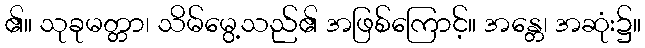
၏။ သုခုမတ္တာ၊ သိမ်မွေ့သည်၏ အဖြစ်ကြောင့်။ အန္တေ၊ အဆုံး၌။